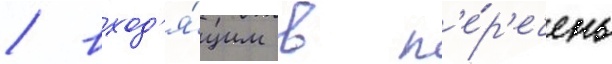
/ вход'я́щим в п'е́р'ечень